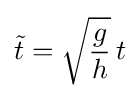
{\tilde {t}}={\sqrt {\frac {g}{h}}}\,t